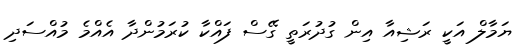
ޔަމާލް އަކީ ރަޝިއާ އިން ގުދުރަތީ ގޭސް ފައްކާ ކުރަމުންދާ އެއްމެ މުއްސަދި